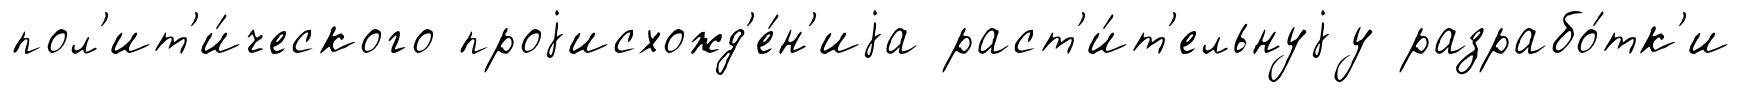
пол'ит'и́ческого проjисхожд'е́н'иjа раст'и́т'ельнуjу разрабо́тк'и